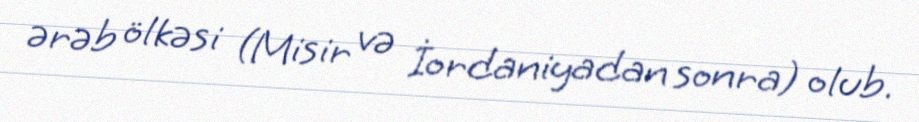
ərəb ölkəsi (Misir və İordaniyadan sonra) olub.